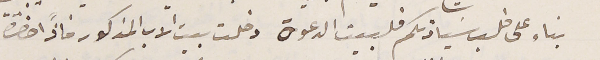
بناء على طلب سَيادتكم فلبيت الدعوة دخلت بيت الاب المذكور فاذًا حضرة